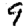
Digit: 9